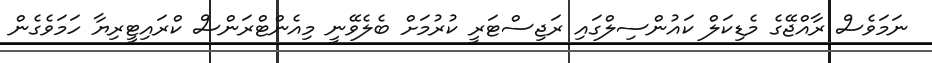
ނަމަވެސް ރާއްޖޭގެ މެޑިކަލް ކައުންސިލްގައި ރަޖިސްޓަރީ ކުރުމަށް ބެލެވޭނީ މިއެންޓްރަންސް ކްރައިޓީރިޔާ ހަމަވެގެން